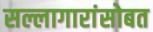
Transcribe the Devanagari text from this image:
सल्लागारांसोबत